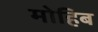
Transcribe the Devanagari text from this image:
मोहिब